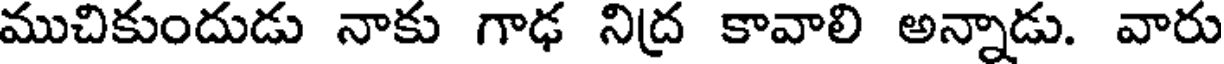
ముచికుందుడు నాకు గాఢ నిద్ర కావాలి అన్నాడు. వారు